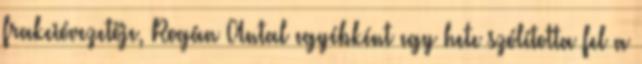
frakcióvezetője, Rogán Antal egyébként egy hete szólította fel a